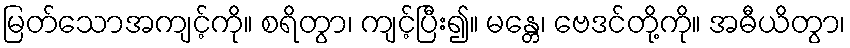
မြတ်သောအကျင့်ကို။ စရိတွာ၊ ကျင့်ပြီး၍။ မန္တေ၊ ဗေဒင်တို့ကို။ အဓီယိတွာ၊